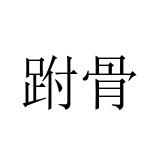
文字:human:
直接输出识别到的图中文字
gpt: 跗骨